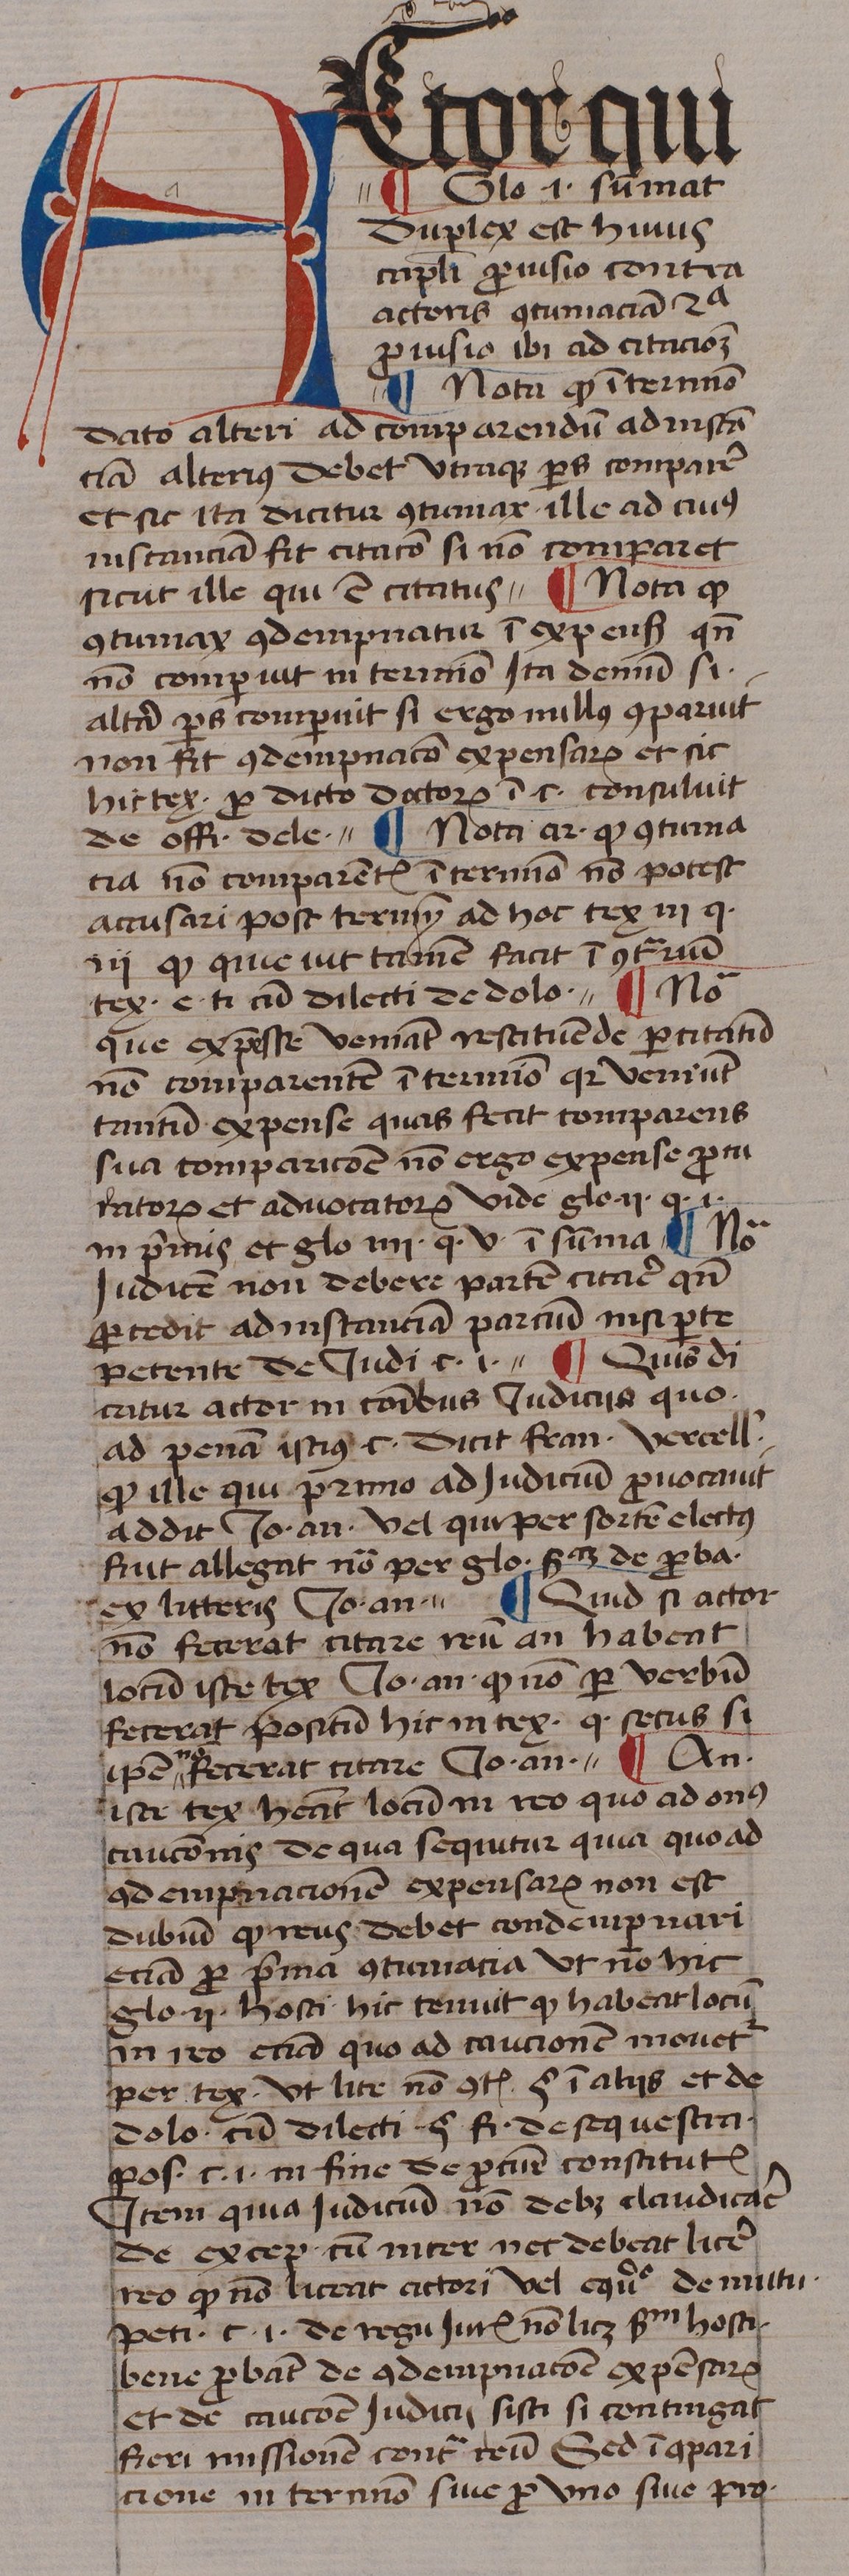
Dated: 1439–1439